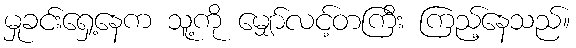
မှုခင်းရှေ့နေက သူ့ကို မျှော်လင့်တကြီး ကြည့်နေသည်။